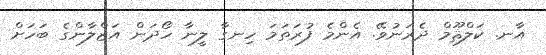
އާނ. ކަލްޘޫމް ދެރަނުވޭ. އެންމެ ފުރަތަމަ ހިނގާ ލީނާ ހޯދަން އަޒްލާންގެ ބަހަަށް